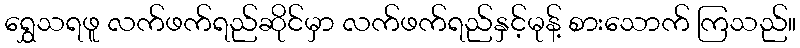
ရွှေသရဖူ လက်ဖက်ရည်ဆိုင်မှာ လက်ဖက်ရည်နှင့်မုန့် စားသောက် ကြသည်။